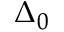
\Delta _ { 0 }